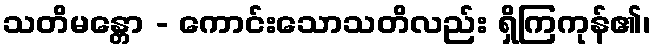
သတိမန္တော - ကောင်းသောသတိလည်း ရှိကြကုန်၏၊